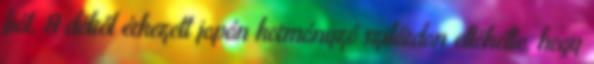
fiát. A délről érkezett japán kormányzó szilárdan eltökélte, hogy